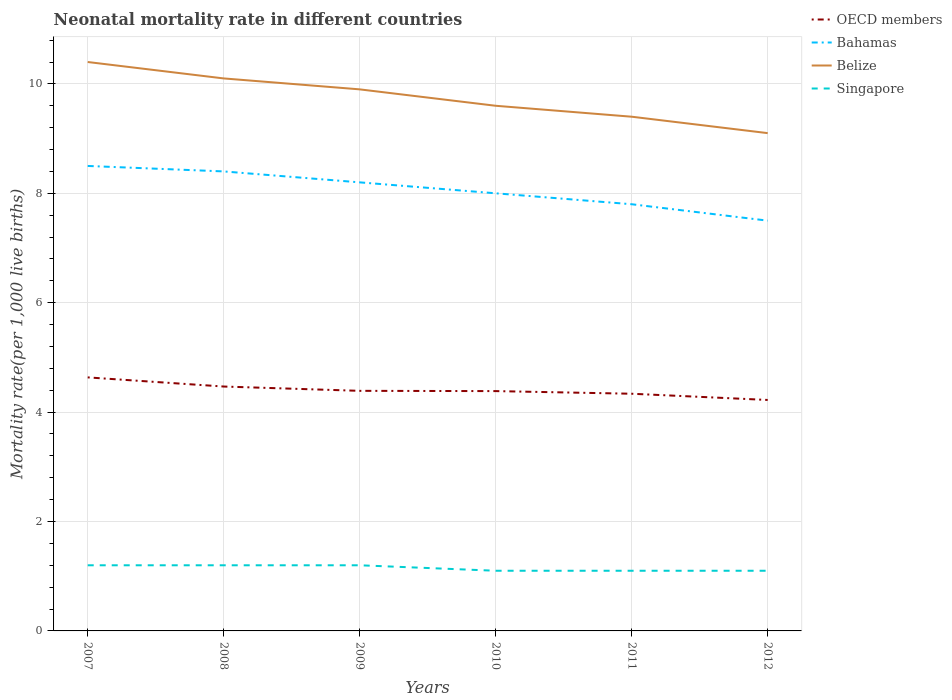
| Years | OECD members | Bahamas | Belize | Singapore |
 | --- | --- | --- | --- | --- |
 | 2007 | 4.63 | 8.5 | 10.4 | 1.2 |
 | 2008 | 4.47 | 8.4 | 10.1 | 1.2 |
 | 2009 | 4.39 | 8.2 | 9.9 | 1.2 |
 | 2010 | 4.38 | 8 | 9.6 | 1.1 |
 | 2011 | 4.34 | 7.8 | 9.4 | 1.1 |
 | 2012 | 4.22 | 7.5 | 9.1 | 1.1 |